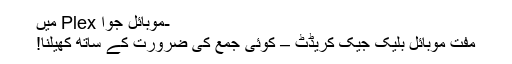
-موبائل جوا Plex میں
مفت موبائل بلیک جیک کریڈٹ – کوئی جمع کی ضرورت کے ساتھ کھیلنا!